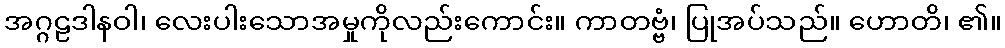
အဂ္ဂဠဒါနဝါ၊ လေးပါးသောအမှုကိုလည်းကောင်း။ ကာတဗ္ဗံ၊ ပြုအပ်သည်။ ဟောတိ၊ ၏။